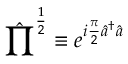
\hat { \prod } ^ { \frac { 1 } { 2 } } \equiv e ^ { i \frac { \pi } { 2 } \hat { a } ^ { \dagger } \hat { a } }